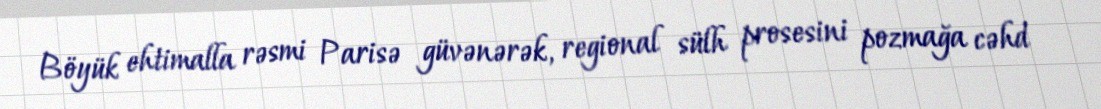
Böyük ehtimalla rəsmi Parisə güvənərək, regional sülh prosesini pozmağa cəhd